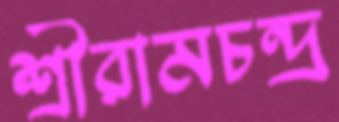
শ্রীরামচন্দ্র